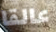
عالقا